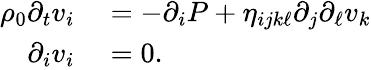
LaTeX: \begin{array}{rl}{\rho_{0}\partial_{t}v_{i}}&{{}=-\partial_{i}P+\eta_{ijk\ell}\partial_{j}\partial_{\ell}v_{k}}\\ {\partial_{i}v_{i}}&{{}=0.}\end{array}